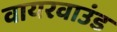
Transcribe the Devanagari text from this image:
वायरवाउंड